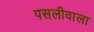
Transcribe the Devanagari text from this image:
पसलीवाला